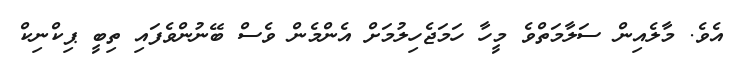
އެވެ. މާލެއިން ސަލާމަތްވެ މީހާ ހަމަޖެހިލުމަށް އެންމެން ވެސް ބޭނުންވެފައި ތިބީ ޕިކްނިކް